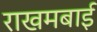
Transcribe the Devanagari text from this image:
राखमबाई